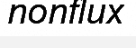
nonflux